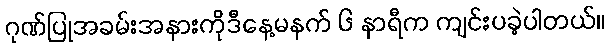
ဂုဏ်ပြုအခမ်းအနားကိုဒီနေ့မနက် ၆ နာရီက ကျင်းပခဲ့ပါတယ်။